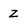
Character: Z